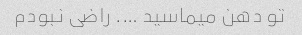
تو دهن میماسید …. راضی نبودم